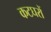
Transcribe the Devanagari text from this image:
कटघरों